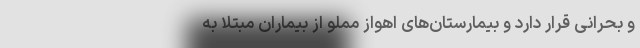
و بحرانی قرار دارد و بیمارستان‌های اهواز مملو از بیماران مبتلا به